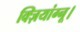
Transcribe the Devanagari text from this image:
क्ज़ियांग्नू।